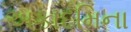
અકાદમિના